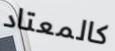
كالمعتاد